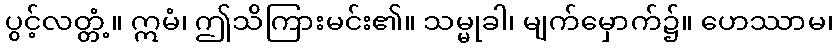
ပွင့်လတ္တံ့။ ဣမံ၊ ဤသိကြားမင်း၏။ သမ္မုခါ၊ မျက်မှောက်၌။ ဟေဿာမ၊